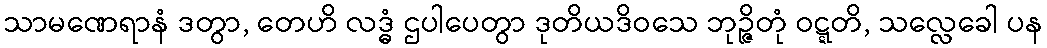
သာမဏေရာနံ ဒတွာ, တေဟိ လဒ္ဓံ ဌပါပေတွာ ဒုတိယဒိဝသေ ဘုဉ္ဇိတုံ ဝဋ္ဋတိ, သလ္လေခေါ ပန